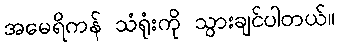
အမေရိကန် သံရုံးကို သွားချင်ပါတယ်။